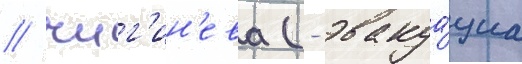
/ чиг'ин'ева (- эвакуа́циа